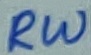
Text: RW